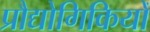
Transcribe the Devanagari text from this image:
प्रौद्योगिकियोँ